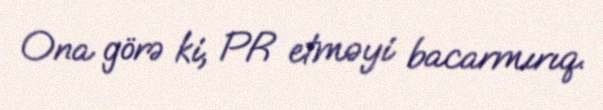
Ona görə ki, PR etməyi bacarmırıq.